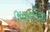
ભારતીજી